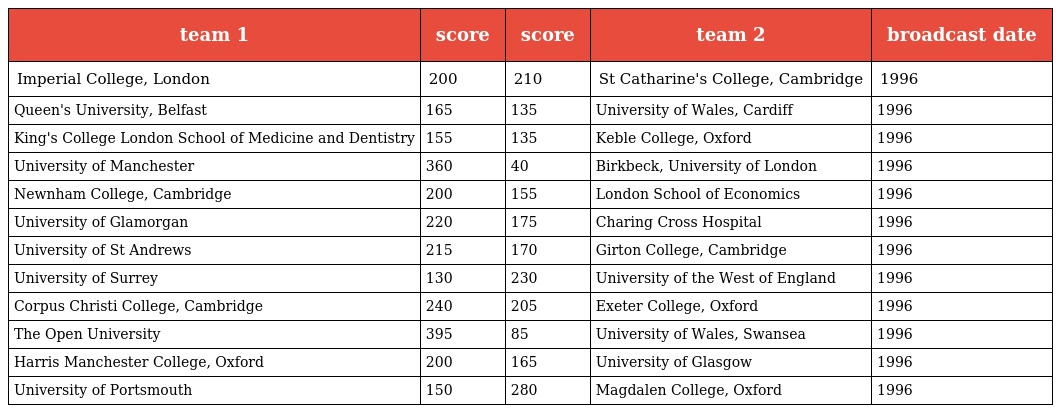
| team 1 | score | score | team 2 | broadcast date |
 | --- | --- | --- | --- | --- |
 | Imperial College, London | 200 | 210 | St Catharine's College, Cambridge | 1996 |
 | Queen's University, Belfast | 165 | 135 | University of Wales, Cardiff | 1996 |
 | King's College London School of Medicine and Dentistry | 155 | 135 | Keble College, Oxford | 1996 |
 | University of Manchester | 360 | 40 | Birkbeck, University of London | 1996 |
 | Newnham College, Cambridge | 200 | 155 | London School of Economics | 1996 |
 | University of Glamorgan | 220 | 175 | Charing Cross Hospital | 1996 |
 | University of St Andrews | 215 | 170 | Girton College, Cambridge | 1996 |
 | University of Surrey | 130 | 230 | University of the West of England | 1996 |
 | Corpus Christi College, Cambridge | 240 | 205 | Exeter College, Oxford | 1996 |
 | The Open University | 395 | 85 | University of Wales, Swansea | 1996 |
 | Harris Manchester College, Oxford | 200 | 165 | University of Glasgow | 1996 |
 | University of Portsmouth | 150 | 280 | Magdalen College, Oxford | 1996 |